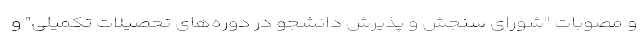
و مصوبات "شورای سنجش و پذیرش دانشجو در دوره‌های تحصیلات تکمیلی" و